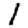
Digit: 1